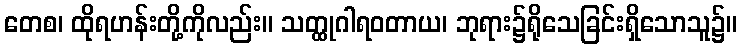
တေစ၊ ထိုရဟန်းတို့ကိုလည်း။ သတ္ထုဂါရဝတာယ၊ ဘုရား၌ရိုသေခြင်းရှိသောသူ၌။